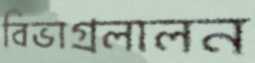
বিভাগ্রলালন